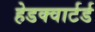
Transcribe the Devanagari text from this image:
हेडक्वार्टर्ड